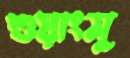
শুয়াংসু